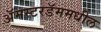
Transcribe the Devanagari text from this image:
अॅमस्टरडॅममधील